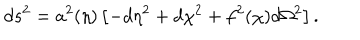
d s ^ { 2 } = a ^ { 2 } ( \eta ) \left[ - d \eta ^ { 2 } + d \chi ^ { 2 } + f ^ { 2 } ( \chi ) d \Omega ^ { 2 } \right] .